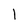
Character: l